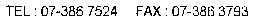
TEL:07-386 7524 FAX:07-386 3793